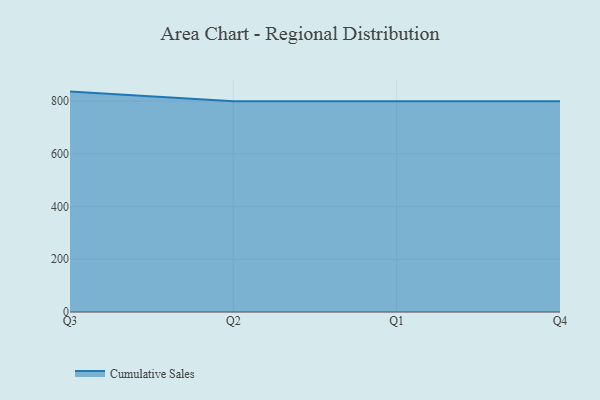
{"axis": {"x": "Quarter", "y": "Market Share (%)"}, "legend": ["Cumulative Sales"], "data": [{"x": "Q3", "y": 836.3, "type": "Cumulative Sales"}, {"x": "Q2", "y": 800, "type": "Cumulative Sales"}, {"x": "Q1", "y": 800, "type": "Cumulative Sales"}, {"x": "Q4", "y": 800, "type": "Cumulative Sales"}]}